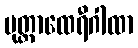
မုတ္တာထေရီဂါထာ